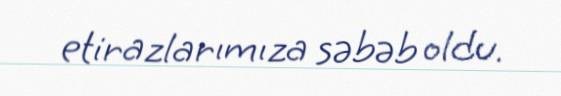
etirazlarımıza səbəb oldu.